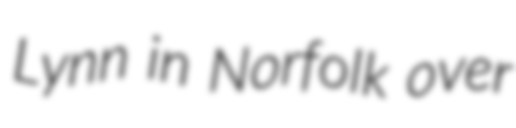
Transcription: Lynn in Norfolk over